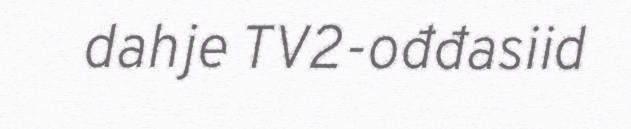
dahje TV2‐ođđasiid